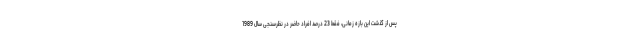
پس از گذشت این بازه زمانی، فقط 23 درصد افراد حاضر در نظرسنجی سال 1989